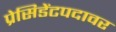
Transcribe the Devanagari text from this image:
प्रेसिडेंटपदावर